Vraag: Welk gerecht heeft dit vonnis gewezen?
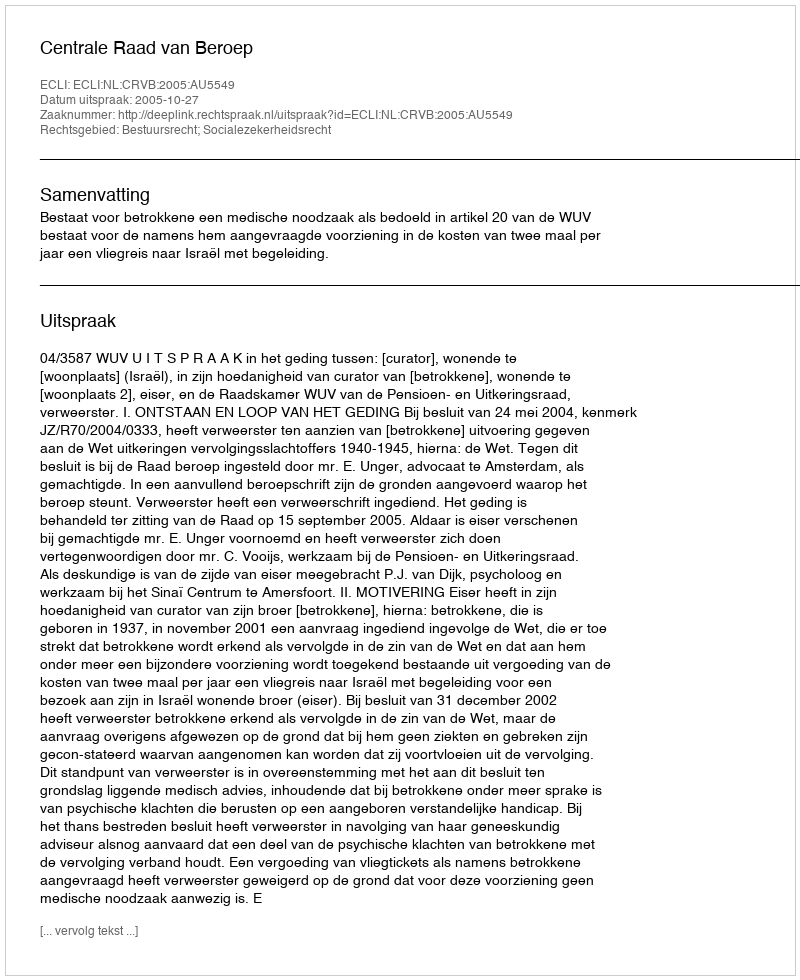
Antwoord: Centrale Raad van Beroep